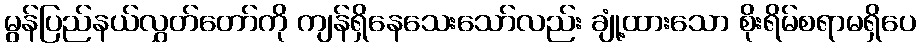
မွန်ပြည်နယ်လွှတ်တော်ကို ကျန်ရှိနေသေးသော်လည်း ချုံ့ထားသော စိုးရိမ်စရာမရှိပေ